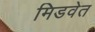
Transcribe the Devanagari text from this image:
मिडवेत